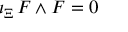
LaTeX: \iota _ { \Xi } \, F \wedge F = 0